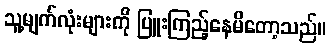
သူ့မျက်လုံးများကို ပြူးကြည့်နေမိတော့သည်။